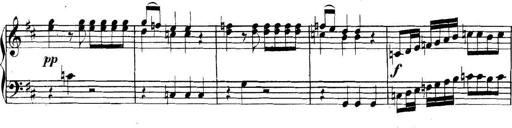
Title: Collected Piano Sonatas
Composer: Muzio Clementi